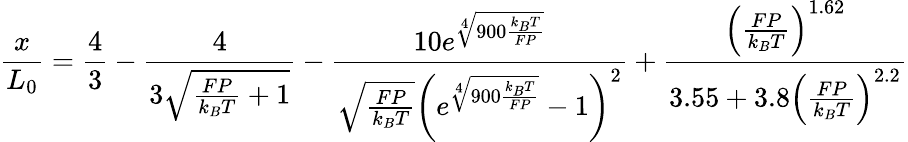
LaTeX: {\frac{x}{L_{0}}}={\frac{4}{3}}-{\frac{4}{3{\sqrt{{\frac{FP}{k_{B}T}}+1}}}}-{\frac{10e^{\sqrt[{4}]{900{\frac{k_{B}T}{FP}}}}}{{\sqrt{\frac{FP}{k_{B}T}}}\left(e^{\sqrt[{4}]{900{\frac{k_{B}T}{FP}}}}-1\right)^{2}}}+{\frac{\left({\frac{FP}{k_{B}T}}\right)^{1.62}}{3.55+3.8\left({\frac{FP}{k_{B}T}}\right)^{2.2}}}